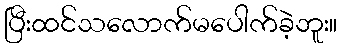
ပြီးထင်သလောက်မပေါက်ခဲ့ဘူး။